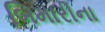
બિમારીના